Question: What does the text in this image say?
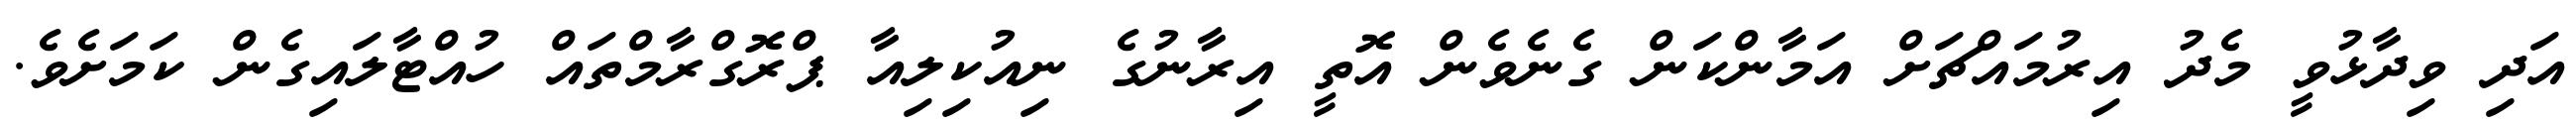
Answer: އަދި ވިދާޅުވީ މެދު އިރުމައްޗަށް އަމާންކަން ގެނެވެން އޮތީ އިރާނުގެ ނިއުކިލިއާ ޕްރޮގްރާމްތައް ހުއްޓާލައިގެން ކަމަށެވެ.